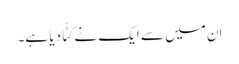
ان میں سے ایک نے کٹّا دیا ہے۔